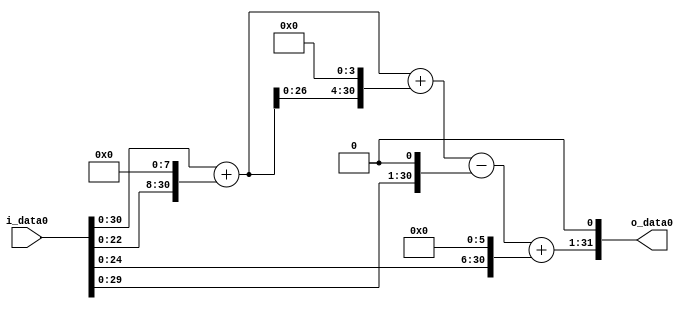
module multiplier_block_106 (
    i_data0,
    o_data0
);
  input   [31:0] i_data0;
  output  [31:0]
    o_data0;
  wire [31:0]
    w1,
    w256,
    w257,
    w4112,
    w4369,
    w2,
    w4367,
    w64,
    w4431,
    w8862;
  assign w1 = i_data0;
  assign w2 = w1 << 1;
  assign w256 = w1 << 8;
  assign w257 = w1 + w256;
  assign w4112 = w257 << 4;
  assign w4367 = w4369 - w2;
  assign w4369 = w257 + w4112;
  assign w4431 = w4367 + w64;
  assign w64 = w1 << 6;
  assign w8862 = w4431 << 1;
  assign o_data0 = w8862;
endmodule